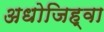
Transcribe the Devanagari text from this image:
अधोजिह्वा